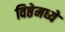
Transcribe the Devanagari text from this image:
विष्ठेमध्ये